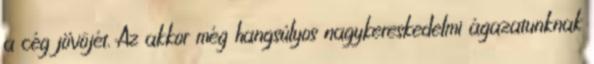
a cég jövôjét. Az akkor még hangsúlyos nagykereskedelmi ágazatunknak